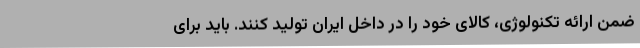
ضمن ارائه تکنولوژی، کالای خود را در داخل ایران تولید کنند. باید برای